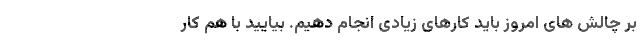
بر چالش های امروز باید کارهای زیادی انجام دهیم. بیایید با هم کار